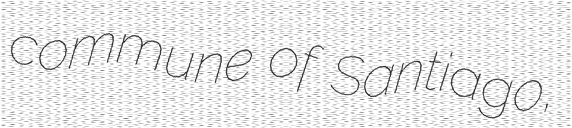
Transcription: commune of Santiago,